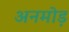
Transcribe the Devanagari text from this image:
अनमोड़